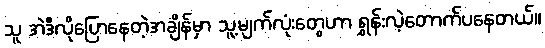
သူ အဲဒီလိုပြောနေတဲ့အချိန်မှာ သူ့မျက်လုံးတွေဟာ ရွှန်းလဲ့တောက်ပနေတယ်။